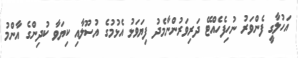
އަހުލާގީ ފެންވަރު ނުހިފެހެއްޓޭ ދަރިވަރުންނާމެދު ފިޔަވަޅު އެޅުމުގެ އުސޫލާއި ކިޔަވާ ކުދިންގެ އާންމު